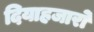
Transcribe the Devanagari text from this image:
दियाहजारो